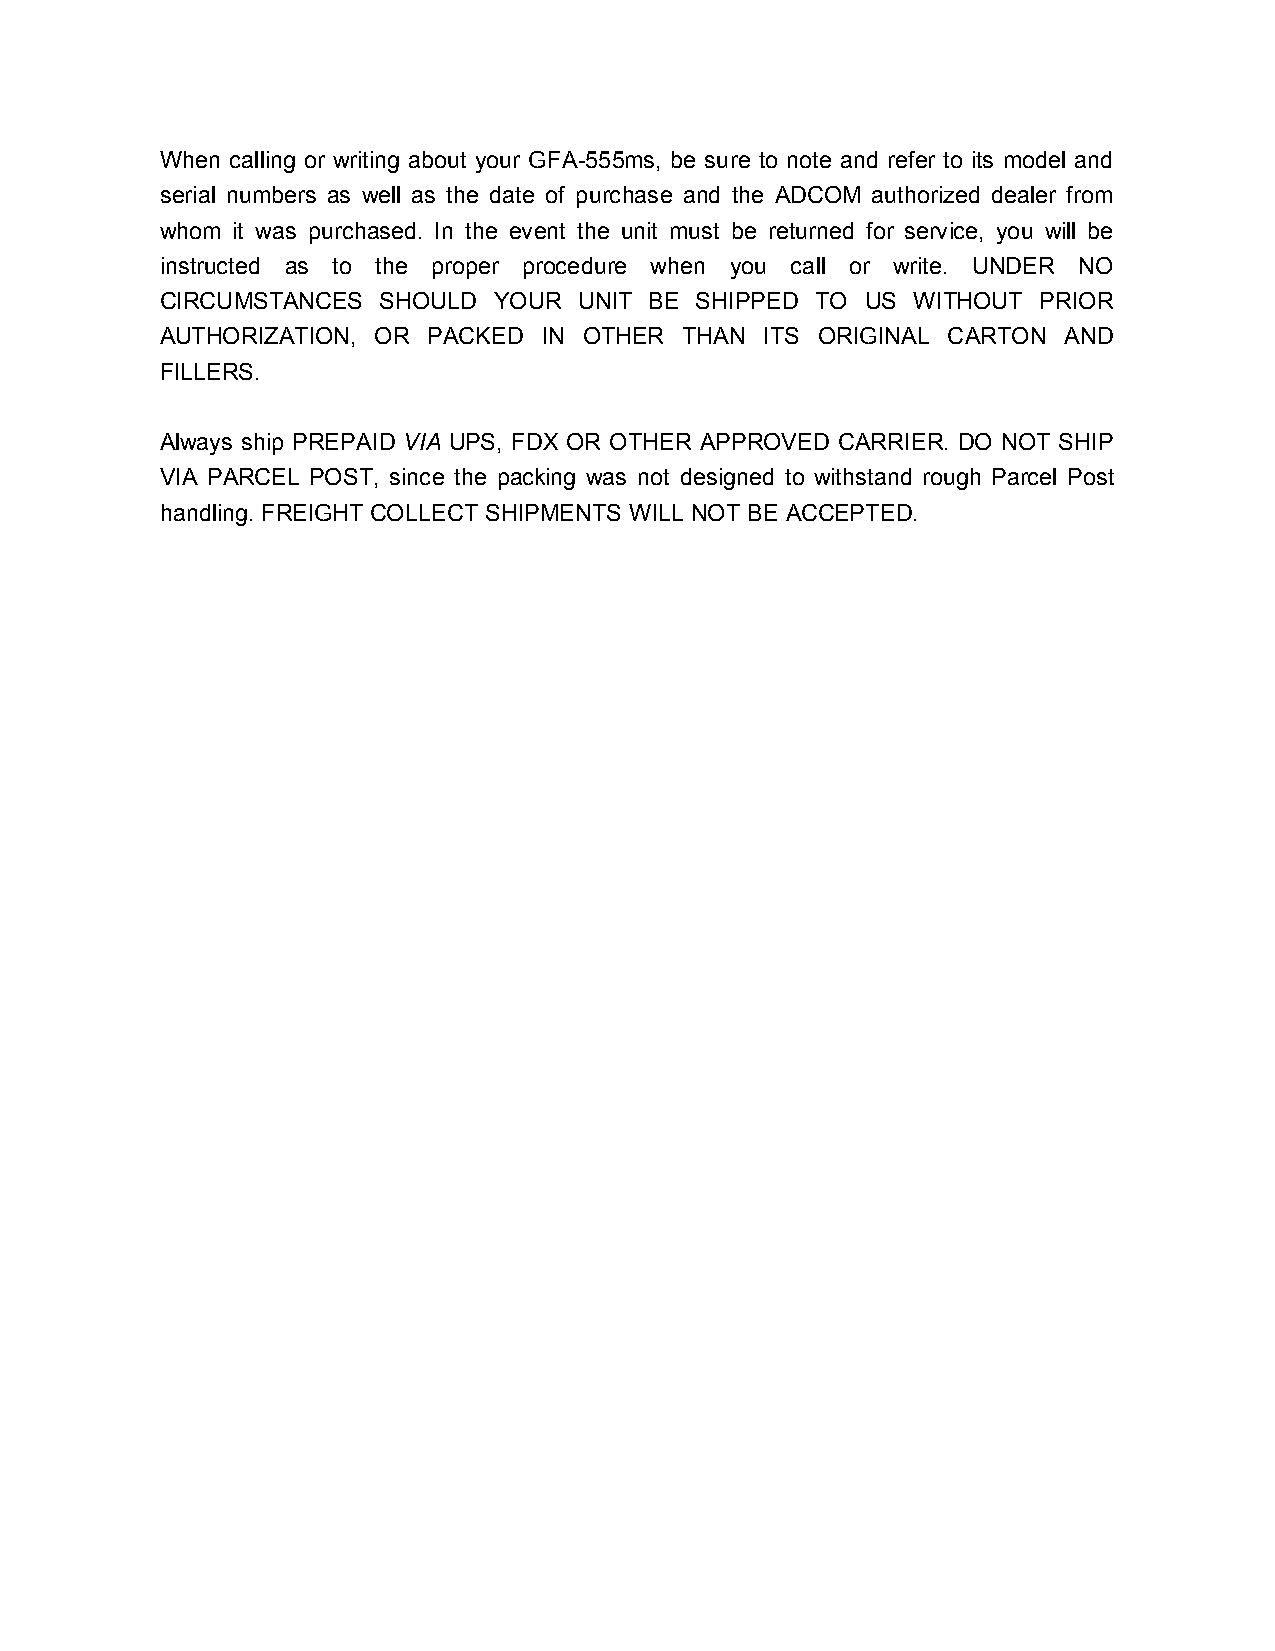
When calling or writing about your GFA-555ms, be sure to note and refer to its model and
 serial numbers as well as the date of purchase and the ADCOM authorized dealer from
 whom it was purchased. In the event the unit must be returned for service, you will be
 instructed as to the proper procedure when you call or write. UNDER NO
 CIRCUMSTANCES SHOULD  YOUR UNIT BE SHIPPED TO US WITHOUT  PRIOR
 AUTHORIZATION, OR PACKED IN OTHER THAN  ITS ORIGINAL CARTON AND
 FILLERS.
 Always ship PREPAID VIA UPS, FDX OR OTHER APPROVED CARRIER. DO NOT SHIP
 VIA PARCEL POST, since the packing was not designed to withstand rough Parcel Post
 handling. FREIGHT COLLECT SHIPMENTS WILL NOT BE ACCEPTED.